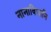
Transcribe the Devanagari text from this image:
नानाविधानि